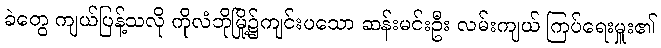
ခဲတွေ ကျယ်ပြန့်သလို ကိုလံဘိုမြို့၌ကျင်းပသော ဆန်းမင်းဦး လမ်းကျယ် ကြပ်ရေးမှူး၏